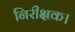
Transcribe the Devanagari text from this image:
निरीक्षक।